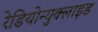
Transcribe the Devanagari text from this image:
रेडियोन्युक्लाइड